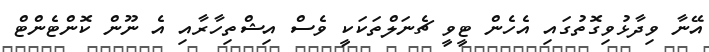
އޭނާ ވިދާޅުވިގޮތުގައި އެހެން ޓީވީ ޗެނަލްތަކަކީ ވެސް އިޝްތިހާރާއި އެ ނޫން ކޮންޓެންޓް